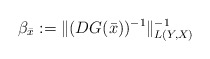
\begin{align*}\beta_{\bar{x}} := \| (DG(\bar{x}))^{-1}\|^{-1}_{L(Y,X)}\end{align*}